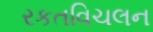
રકતવિચલન